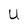
Character: U